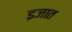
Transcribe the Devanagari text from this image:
इजात